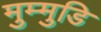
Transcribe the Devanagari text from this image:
मुम्मुडि